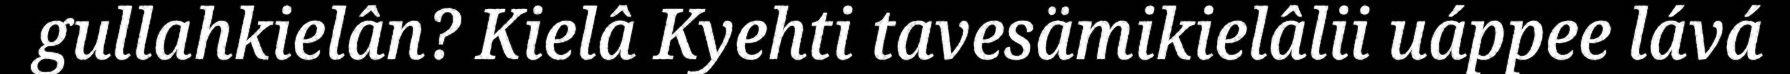
gullahkielân? Kielâ Kyehti tavesämikielâlii uáppee lává